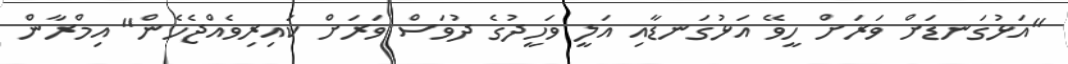
"އަޅުގަނޑަށް ވަރަށް ހީވޭ އަޅުގަނޑާއި އަލީ ވަހީދުގެ ދުވަސް ވަރަށް ކައިރިވެއްޖެހެން" އިމްރާން